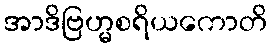
အာဒိဗြဟ္မစရိယကောတိ